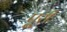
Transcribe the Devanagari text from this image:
पुूरी